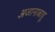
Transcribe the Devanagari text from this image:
अजानाबाहू